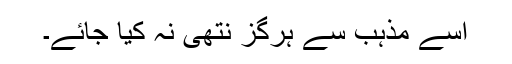
اسے مذہب سے ہرگز نتھی نہ کیا جائے۔